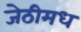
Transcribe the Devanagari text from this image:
जेठीमध